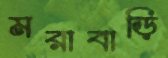
মরাবাড়ি